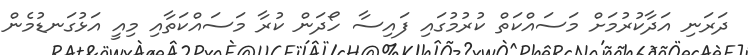
ދަރަނި އަދާކުރުމަށް މަސައްކަތް ކުރުމުގައި ފައިސާ ހޯދަން ކުރާ މަސައްކަތާއި މިއީ އަޅުގަނޑުމެން